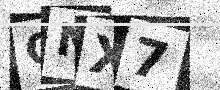
Text: ONX7